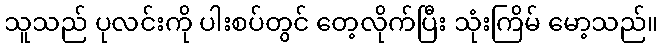
သူသည် ပုလင်းကို ပါးစပ်တွင် တေ့လိုက်ပြီး သုံးကြိမ် မော့သည်။